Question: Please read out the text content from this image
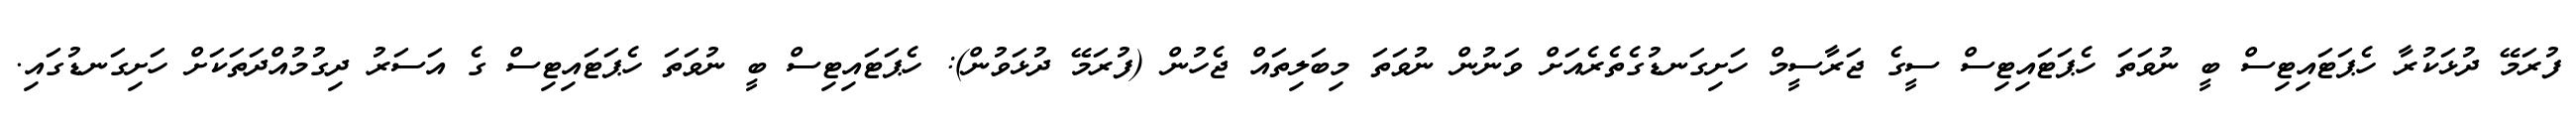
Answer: ފުރަމޭ ދުޅަކުރާ ހެޕަޓައިޓިސް ބީ ނުވަތަ ހެޕަޓައިޓިސް ސީގެ ޖަރާސީމް ހަށިގަނޑުގެތެރެއަށް ވަނުން ނުވަތަ މިބަލިތައް ޖެހުން (ފުރަމޭ ދުޅަވުން): ހެޕަޓައިޓިސް ބީ ނުވަތަ ހެޕަޓައިޓިސް ގެ އަސަރު ދިގުމުއްދަތަކަށް ހަށިގަނޑުގައި.